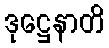
ဒုဋ္ဌေနာတိ